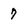
Character: 7